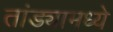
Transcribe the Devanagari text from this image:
तांड्यामध्ये